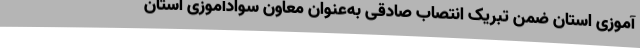
آموزی استان ضمن تبریک انتصاب صادقی به‌عنوان معاون سوادآموزی استان